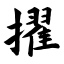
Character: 擢